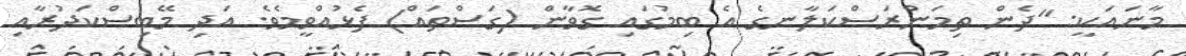
މާނައަކީ: "ދެން ތިމަންރަސްކަލާނގެ އެ ބިމުގައި ގޮވާން (ގަސްތައް) ފެޅުއްވީމެވެ. އަދި މޭބިސްކަދުރާއި